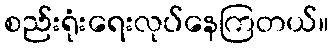
စည်းရုံးရေးလုပ်နေကြတယ်။